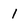
Character: 1